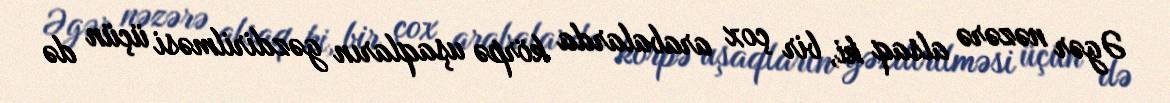
Əgər nəzərə alsaq ki, bir çox arabalarda körpə uşaqların gəzdirilməsi üçün də